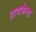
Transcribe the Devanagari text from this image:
हायफेल्ड